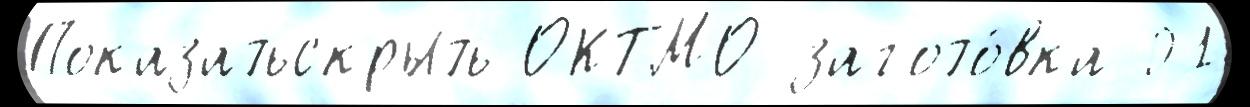
Показатьскрыть ОКТМО загото́вка 01